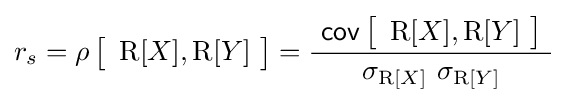
r_{s}=\operatorname {\rho } {\bigl [}\ \operatorname {R} [X],\operatorname {R} [Y]\ {\bigr ]}={\frac {\ \operatorname {\mathsf {cov}} {\bigl [}\ \operatorname {R} [X],\operatorname {R} [Y]\ {\bigr ]}\ }{\ \sigma _{\operatorname {R} [X]}\ \sigma _{\operatorname {R} [Y]}\ }}